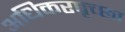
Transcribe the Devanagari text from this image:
अधिकरपृच्छा